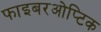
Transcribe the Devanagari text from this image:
फाइबरओप्टिक